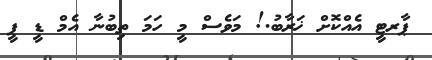
ޕާރޓީ އެއްކޮށް ޚަރާބު.! މަވެސް މީ ހަމަ ތިބުނާ އެމް ޑީ ޕީ